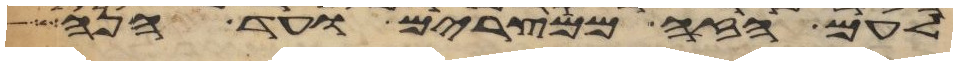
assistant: לעם הזה ממצרים ועד הנה